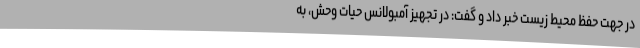
در جهت حفظ محیط زیست خبر داد و گفت: در تجهیز آمبولانس حیات وحش، به